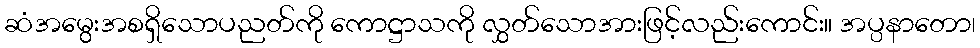
ဆံအမွေးအစရှိသောပညတ်ကို ကောဋ္ဌာသကို လွှတ်သောအားဖြင့်လည်းကောင်း။ အပ္ပနာတော၊